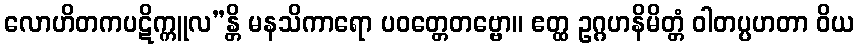
လောဟိတကပဋိက္ကူလ”န္တိ မနသိကာရော ပဝတ္တေတဗ္ဗော။ ဧတ္ထ ဥဂ္ဂဟနိမိတ္တံ ဝါတပ္ပဟတာ ဝိယ